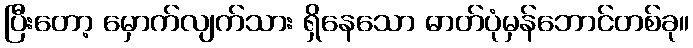
ပြီးတော့ မှောက်လျက်သား ရှိနေသော ဓာတ်ပုံမှန်ဘောင်တစ်ခု။